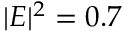
| E | ^ { 2 } = 0 . 7